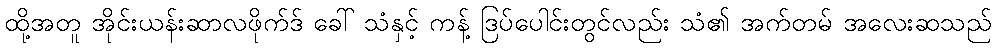
ထို့အတူ အိုင်းယန်းဆာလဖိုက်ဒ် ခေါ် သံနှင့် ကန့် ဒြပ်ပေါင်းတွင်လည်း သံ၏ အက်တမ် အလေးဆသည်